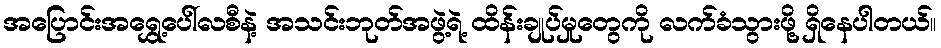
အပြောင်းအရွှေ့ပေါ်လစီနဲ့ အသင်းဘုတ်အဖွဲ့ရဲ့ ထိန်းချုပ်မှုတွေကို လက်ခံသွားဖို့ ရှိနေပါတယ်။